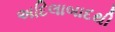
અદિલાબાદથી